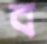
ব